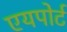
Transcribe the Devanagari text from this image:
एयपोर्ट